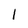
Character: 1